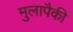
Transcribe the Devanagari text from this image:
मुलापैकी